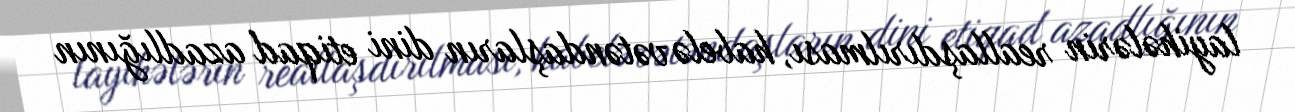
layihələrin reallaşdırılması, habelə vətəndaşların dini etiqad azadlığının